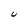
Character: U